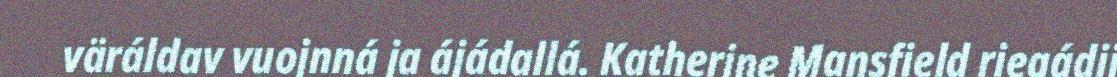
väráldav vuojnná ja ájádallá. Katherine Mansfield riegádij